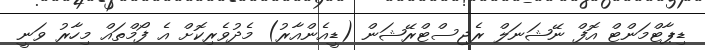
ޑިޕާޓްމަންޓް އޮފް ނޭޝަނަލް ރެޖިސްޓްރޭޝަން (ޑީއެންއާރު) މެދުވެރިކޮށް އެ ފޯމްތައް މިހާރު ވަނީ